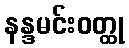
နန္ဒမင်းဝတ္ထု